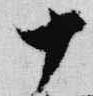
十